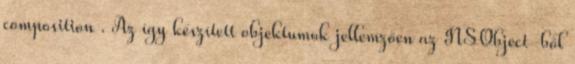
composition . Az így készített objektumok jellemzően az NSObject-ből